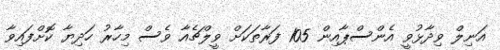
އަނިލް ވިދާޅުވީ އެންސްޕާއިން 105 ފަރާތަކަށް ވީލްޗެއާ ވެސް މިހާރު ހަދިޔާ ކޮށްފައިވާ